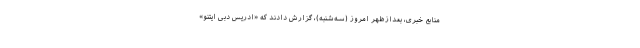
منابع خبری، بعدازظهر امروز (سه‌شنبه)، گزارش دادند که «ادریس دبی ایتنو»